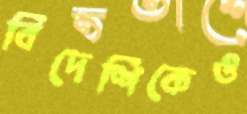
বিদেশিকেও